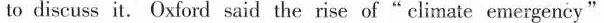
to discuss it. Oxford said the rise of " climate emergency"